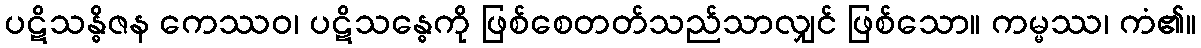
ပဋိသန္ဓိဇန ကေဿဝ၊ ပဋိသန္ဓေကို ဖြစ်စေတတ်သည်သာလျှင် ဖြစ်သော။ ကမ္မဿ၊ ကံ၏။